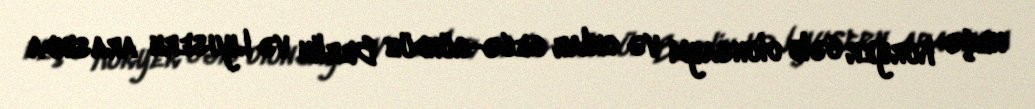
neçə kuryer cəlb olunsaydı və onlar gecə-gündüz Berlin və Lyusern arasında